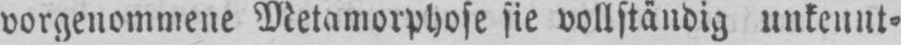
vorgenommene Metamorphose sie vollständig unkennt⸗